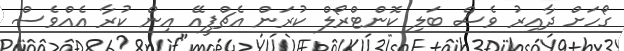
ގޯހަށް ދާއިރު ވެސް ބަލި ކޮންޓްރޯލް ކުރަން އެޗްޕީއޭ އިން ކުރާ އެއްވެސް